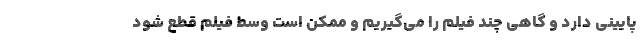
پایینی دارد و گاهی چند فیلم را می‌گیریم و ممکن است وسط فیلم قطع شود